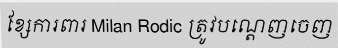
ខ្សែការពារ Milan Rodic ត្រូវបណ្តេញចេញ